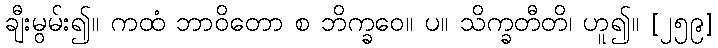
ချီးမွမ်း၍။ ကထံ ဘာဝိတော စ ဘိက္ခဝေ။ ပ။ သိက္ခတီတိ၊ ဟူ၍။ [၂၅၉]